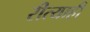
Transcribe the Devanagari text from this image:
रीत्याही